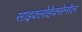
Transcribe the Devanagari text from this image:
साइक्लोहेक्सेनोल